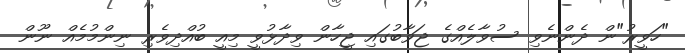
"ހަވީރު"ން ދެންނެވި ސުވާލެއްގެ ޖަވާބުގައި ޖީހާން ވިދާޅުވީ މިއީ ބުއްދިވެރި ނިންމުމެއް ނޫން